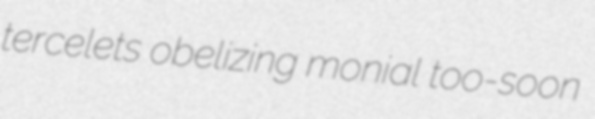
tercelets obelizing monial too-soon